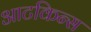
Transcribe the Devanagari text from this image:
आटकिन्स